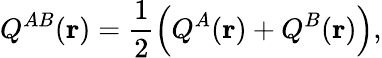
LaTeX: Q^{AB}(\mathbf{r})=\frac{1}{2}\left(Q^{A}(\mathbf{r})+Q^{B}(\mathbf{r})\right),